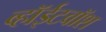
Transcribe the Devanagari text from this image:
व्हॉईटवॉश